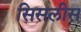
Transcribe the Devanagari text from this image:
सिसलीस